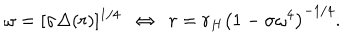
LaTeX: \omega = [ \sigma \Delta ( r ) ] ^ { 1 / 4 } ~ ~ \Leftrightarrow ~ ~ r = r _ { H } \left( 1 - \sigma \omega ^ { 4 } \right) ^ { - 1 / 4 } .